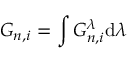
G _ { n , i } = \int G _ { n , i } ^ { \lambda } \mathrm { d } \lambda